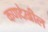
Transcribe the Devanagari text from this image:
कणदेखील